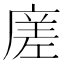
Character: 𭙭